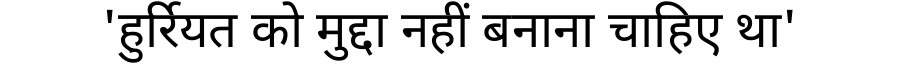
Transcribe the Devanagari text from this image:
'हुर्रियत को मुद्दा नहीं बनाना चाहिए था'